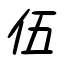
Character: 伍